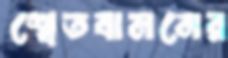
শ্বেতবামনের